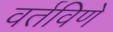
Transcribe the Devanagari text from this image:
वर्तविणे